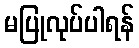
မပြုလုပ်ပါရန်